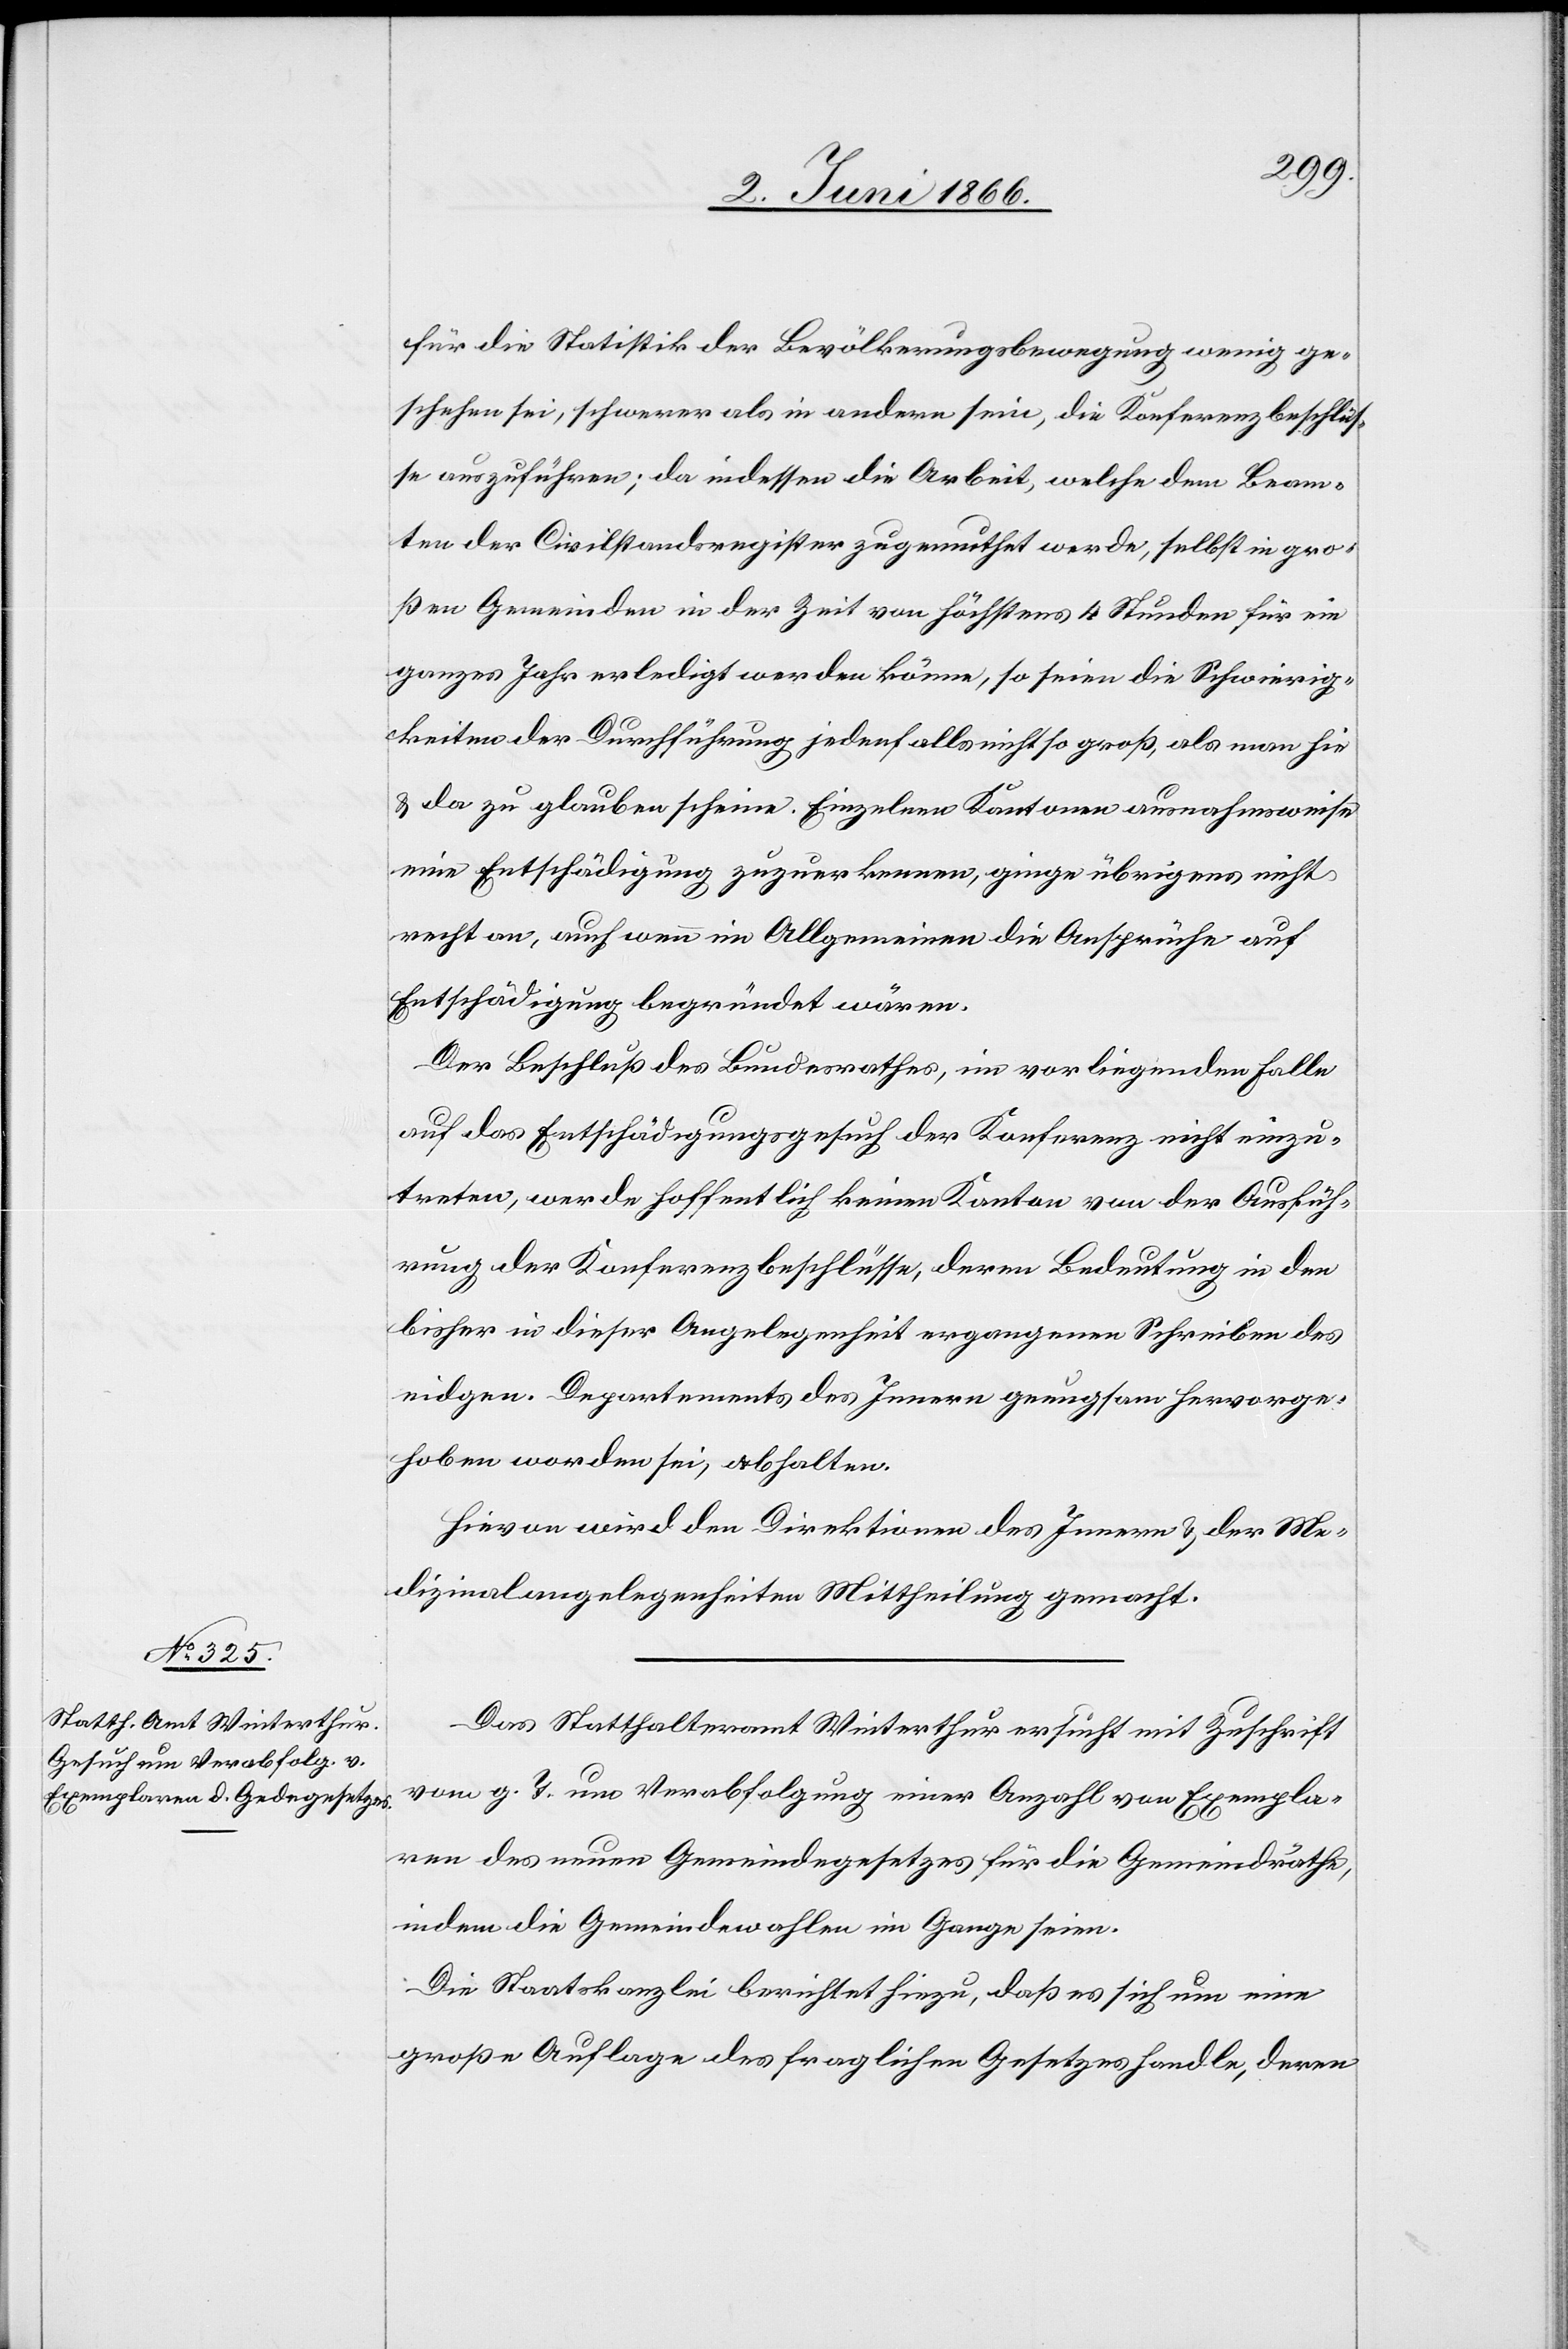
für die Statistik der Bevölkerungsbewegung wenig ge¬
schehen sei, schwerer als in andern sein, die Konferenzbeschlus¬
se auszuführen; da indessen die Arbeit, welche dem Beam¬
ten der Civilstandsregister zugemuthet werde, selbst in gro¬
ßen Gemeinden in der Zeit von höchstens 4 Stunden für ein
ganzes Jahr erledigt werden könne, so seien die Schwierig¬
keiten der Durchführung jedenfalls nicht so groß, als man hie
u. da zu glauben scheine. Einzelnen Kantonen ausnahmsweise
eine Entschädigung zuzuerkennen, ginge übrigens nicht
recht an, auch wenn im Allgemeinen die Ansprüche auf
Entschädigung begründet wären.
Der Beschluß des Bundesrathes, im vorliegenden Falle
auf das Entschädigungsgesuch der Konferenz nicht einzu¬
treten, werde hoffentlich keinen Kanton von der Ausfüh¬
rung der Konferenzbeschlüsse, deren Bedeutung in den
bisher in dieser Angelegenheit ergangenen Schreiben des
eidgen. Departements des Innern genugsam hervorge¬
hoben worden sei, abhalten.
Hievon wird den Direktionen des Innern u. der Me¬
dizinalangelegenheiten Mittheilung gemacht.
Das Statthalteramt Winterthur ersucht mit Zuschrift
vom g. T. um Verabfolgung einer Anzahl von Exempla¬
ren des neuen Gemeindegesetzes für die Gemeindräthe,
indem die Gemeindewahlen im Gange seien.
Die Staatskanzlei berichtet hiezu, daß es sich um eine
große Auflage des fraglichen Gesetzes handelt, deren